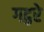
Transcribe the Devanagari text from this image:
गट्ठरे